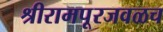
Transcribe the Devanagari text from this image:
श्रीरामपूरजवळच